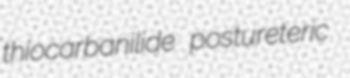
thiocarbanilide postureteric